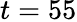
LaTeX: t=55